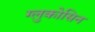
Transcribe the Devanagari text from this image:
ग्लुकोसिन